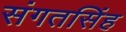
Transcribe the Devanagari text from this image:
संगतसिंह